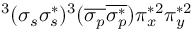
^ 3 ( \sigma _ { s } \sigma _ { s } ^ { * } ) ^ { 3 } ( \overline { { \sigma _ { p } } } \overline { { \sigma _ { p } ^ { * } } } ) \pi _ { x } ^ { * 2 } \pi _ { y } ^ { * 2 }